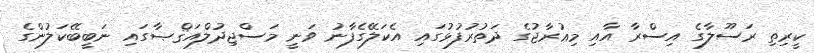
ކީރިތި ރަސޫލާގެ އިސްރާ އާއި މިޢުރާޖުގެ ދަތުރުފުޅުގައި އެކަލޭގެފާނު ވަނީ މަސްޖިދުލްއަޤްޞާގައި ނަބީބޭކަލުންގެ